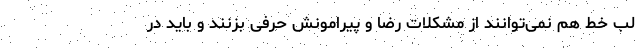
لب خط هم نمی‌توانند از مشکلات رضا و پیرامونش حرفی بزنند و باید در